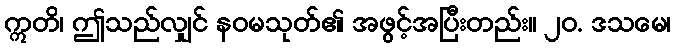
ဣတိ၊ ဤသည်လျှင် နဝမသုတ်၏ အဖွင့်အပြီးတည်း။ ၂၀. ဒသမေ၊